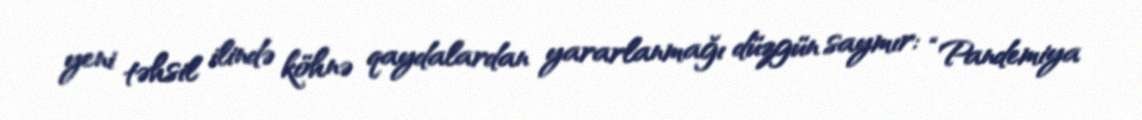
yeni təhsil ilində köhnə qaydalardan yararlanmağı düzgün saymır: “Pandemiya